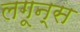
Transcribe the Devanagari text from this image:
लगून्स